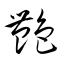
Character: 艶